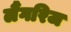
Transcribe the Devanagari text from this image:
लैंगरिज